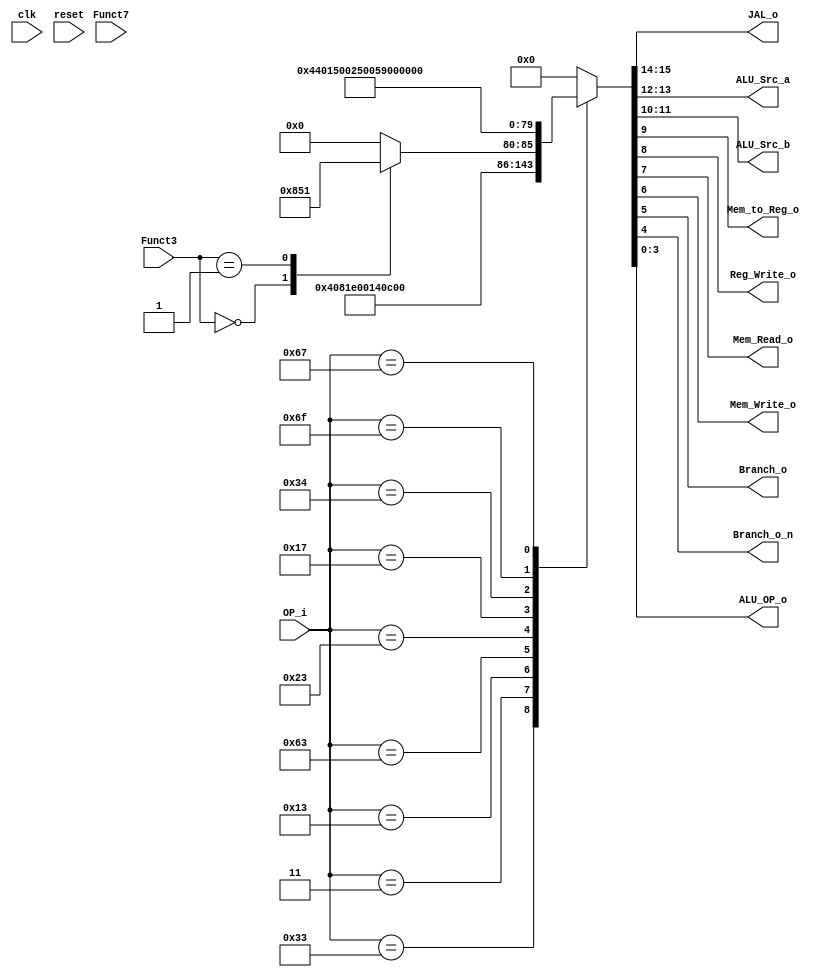
//////////////////////////////////////////////////////////////////////////////////
// Company: ITESO 
// Description: FSM states definition;
// Date: April/02/23
//////////////////////////////////////////////////////////////////////////////////
module Control_Signals
(
	input 			clk,
	input 			reset,
	
	input		[6:0]	OP_i,
	input 	[2:0] Funct3,
	input 	[6:0] Funct7,
		
	
	output   [1:0] JAL_o,
	output   [1:0] ALU_Src_a,
	output   [1:0] ALU_Src_b,
	output         Mem_to_Reg_o,
	output         Reg_Write_o,
	output         Mem_Read_o,
	output         Mem_Write_o,
	output         Branch_o,
	output         Branch_o_n,
	output   [3:0] ALU_OP_o
);

localparam R_Type    		= 7'h33;
localparam I_Type_LOGIC    = 7'h13;
localparam U_LUI_type      = 7'h34;
localparam U_AUIPC_Type    = 7'h17;

localparam B_Type    		= 7'h63;
//localparam B_Type_n    		= 7'h63;

localparam I_Type_LOAD    	= 7'h3;
localparam S_Type    		= 7'h23;
localparam J_JAL_Type    	= 7'h6F;
localparam I_JALR_Type    	= 7'h67;

/*localparam R_Type    		= 10'b0110011_xxx,
			  I_Type_LOGIC    = 10'b0010011_xxx,
			  U_LUI_type      = 10'b0110100_xxx,
			  U_AUIPC_Type    = 10'b0010111_xxx,

			  B_Type    		= 10'b1100011_000,
			  B_Type_n    		= 10'b1100011_001,

 I_Type_LOAD    	= 10'b0000011_xxx,
 S_Type    		= 10'b0100011_xxx,
 J_JAL_Type    	= 10'b1101111_xxx,
 I_JALR_Type    	= 10'b1100111_xxx;*/


reg [15:0] control_values;

//always@(OP_i) begin
always@* begin
	 case(OP_i)
	     R_Type:  			control_values = 16'b00_00_00_0_1_0_0_0_0_0010;
		  
		  I_Type_LOAD:    control_values = 16'b00_00_01_1_1_1_0_0_0_0000;
		  I_Type_LOGIC:   control_values = 16'b00_00_01_0_1_0_0_0_0_0011;
		  
		  
		  B_Type:        
		                 case(Funct3) 
							      3'b000:
		                         control_values = 16'b00_00_00_0_0_0_0_1_0_0001;
									3'b001:
									    control_values = 16'b00_00_00_0_0_0_0_0_1_0001;
								default: 
	                            control_values = 16'b00_00_00_0_0_0_0_0_0_0000;
								endcase
								
				
		  
		  S_Type:         control_values = 16'b00_00_01_0_0_0_1_0_0_0000;
		  
		  U_AUIPC_Type:   control_values = 16'b00_01_01_0_1_0_0_0_0_0000;
		  U_LUI_type:     control_values = 16'b00_10_01_0_1_0_0_0_0_0000;

		  J_JAL_Type:    control_values  = 16'b01_01_10_0_1_0_0_0_0_0000;
		  
		  
		  I_JALR_Type:    control_values = 16'b10_01_10_0_1_0_0_0_0_0000;
		  
		  
	 default: 
	         control_values = 16'b00_00_00_0_0_0_0_0_0_0000; 
					 
	 endcase
end



/*assign JAL_o = control_values[14:13];
assign ALU_Src_a = control_values[12:11];
assign ALU_Src_b = control_values[10:9];
assign Mem_to_Reg_o = control_values[8];
assign Reg_Write_o = control_values[7];
assign Mem_Read_o = control_values[6];
assign Mem_Write_o = control_values[5];
assign Branch_o = control_values[4];
assign ALU_OP_o = control_values[3:0]; */

assign JAL_o = control_values[15:14];
assign ALU_Src_a = control_values[13:12];
assign ALU_Src_b = control_values[11:10];
assign Mem_to_Reg_o = control_values[9];
assign Reg_Write_o = control_values[8];
assign Mem_Read_o = control_values[7];
assign Mem_Write_o = control_values[6];
assign Branch_o = control_values[5];
assign Branch_o_n = control_values[4];
assign ALU_OP_o = control_values[3:0];

endmodule